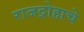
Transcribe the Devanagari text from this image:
राजद्रोहाचे